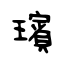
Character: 璸